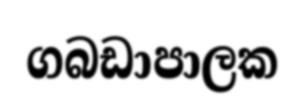
ගබඩාපාලක